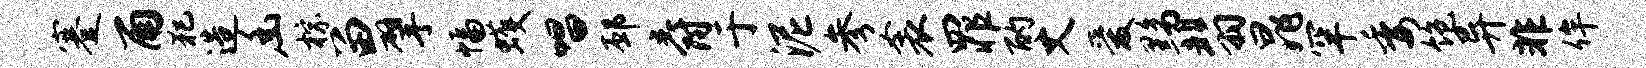
蹇雨犯造幽棕留擘幅蠖唱邳爵于泥参衾罪酌丈爱黝翡晁罕委饱异非侔